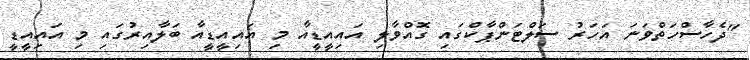
"ދެހާސްހަތްވަނަ އަހަރު ސަލްޓަންޕާކްގައި ގޮއްވާލި އައިއީޑީއާ މި އައިއީޑީއާ ބަލާއިރުގައި މި އައިއީޑީ